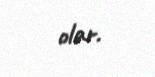
olar.